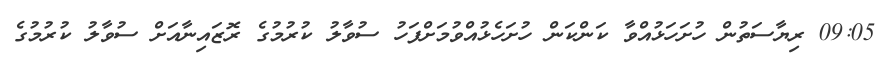
09:05 ރިޔާސަތުން ހުށަހަޅުއްވާ ކަންކަން ހުށަހެޅުއްވުމަށްފަހު ސުވާލު ކުރުމުގެ ރޮޒައިނާއަށް ސުވާލު ކުރުމުގެ